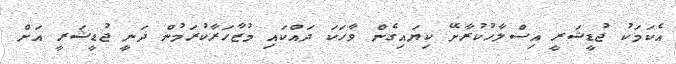
އެކަމަކު ޖުޑީޝަރީ އިސްލާހުކުރާށޭ ކިޔައިގެން ވާހަކަ ދައްކައި މުޒާހަރާކުރަމުން ދަނީ ޖުޑީޝަރީ އަށް